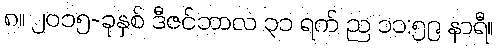
၈။ ၂၀၁၅-ခုနှစ် ဒီဇင်ဘာလ ၃၁ ရက် ည ၁၁:၅၉ နာရီ။